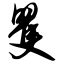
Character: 矍